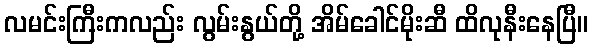
လမင်းကြီးကလည်း လွမ်းနွယ်တို့ အိမ်ခေါင်မိုးဆီ ထိလုနီးနေပြီ။